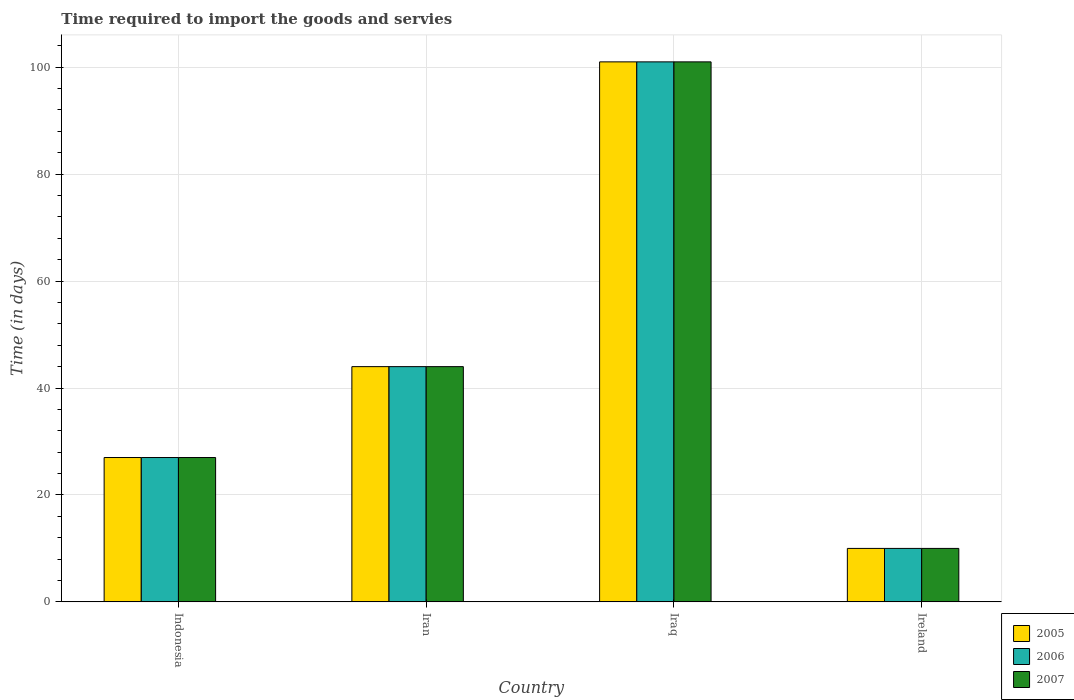
| Country | 2005 | 2006 | 2007 |
 | --- | --- | --- | --- |
 | Indonesia | 27 | 27 | 27 |
 | Iran | 44 | 44 | 44 |
 | Iraq | 101 | 101 | 101 |
 | Ireland | 10 | 10 | 10 |